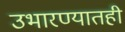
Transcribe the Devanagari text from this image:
उभारण्यातही